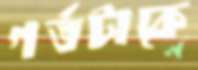
গর্তটাকে